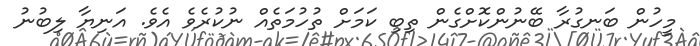
މީހުން ބަނގުރާ ބޭނުންކޮށްގެން ތިބި ކަމަށް ތުހުމަތެއް ނުކުރެވެ އެވެ. އަނިޔާ ލިބުނު